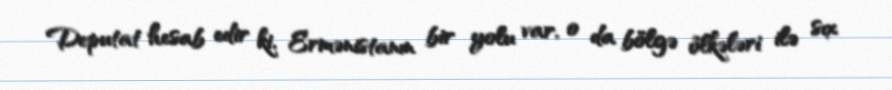
Deputat hesab edir ki, Ermənistanın bir yolu var, o da bölgə ölkələri ilə sıx